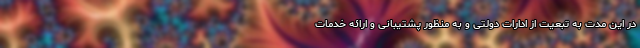
در این مدت به تبعیت از ادارات دولتی و به منظور پشتیبانی و ارائه خدمات